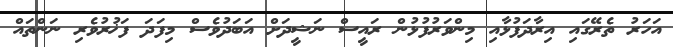
އަހަރު ތެރޭގައި އިރާދަފުޅާއި މިންވަރުފުޅުން ރައީސް ނަޝީދަށް އަބަދުވެސް މިފަދަ ފަޚުރުވެރި ނަންތައް